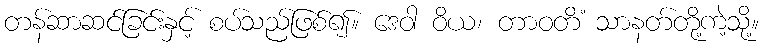
တန်ဆာဆင်ခြင်းနှင့် စပ်သည်ဖြစ်၍။ ဒေဝါ ဝိယ၊ တာဝတိံ သာနတ်တို့ကဲ့သို့။